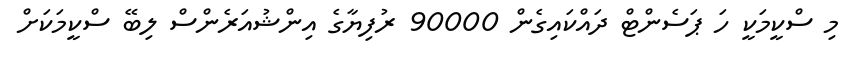
މި ސްކީމަކީ ހަ ޕަސެންޓް ދައްކައިގެން 90000 ރުފިޔާގެ އިންޝުއަރެންސް ލިބޭ ސްކީމަކަށް